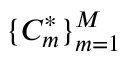
\{ C _ { m } ^ { * } \} _ { m = 1 } ^ { M }